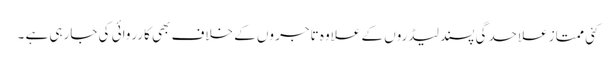
کئی ممتاز علاحدگی پسند لیڈروں کے علاوہ تاجر وں کے خلاف بھی کارروائی کی جارہی ہے ۔